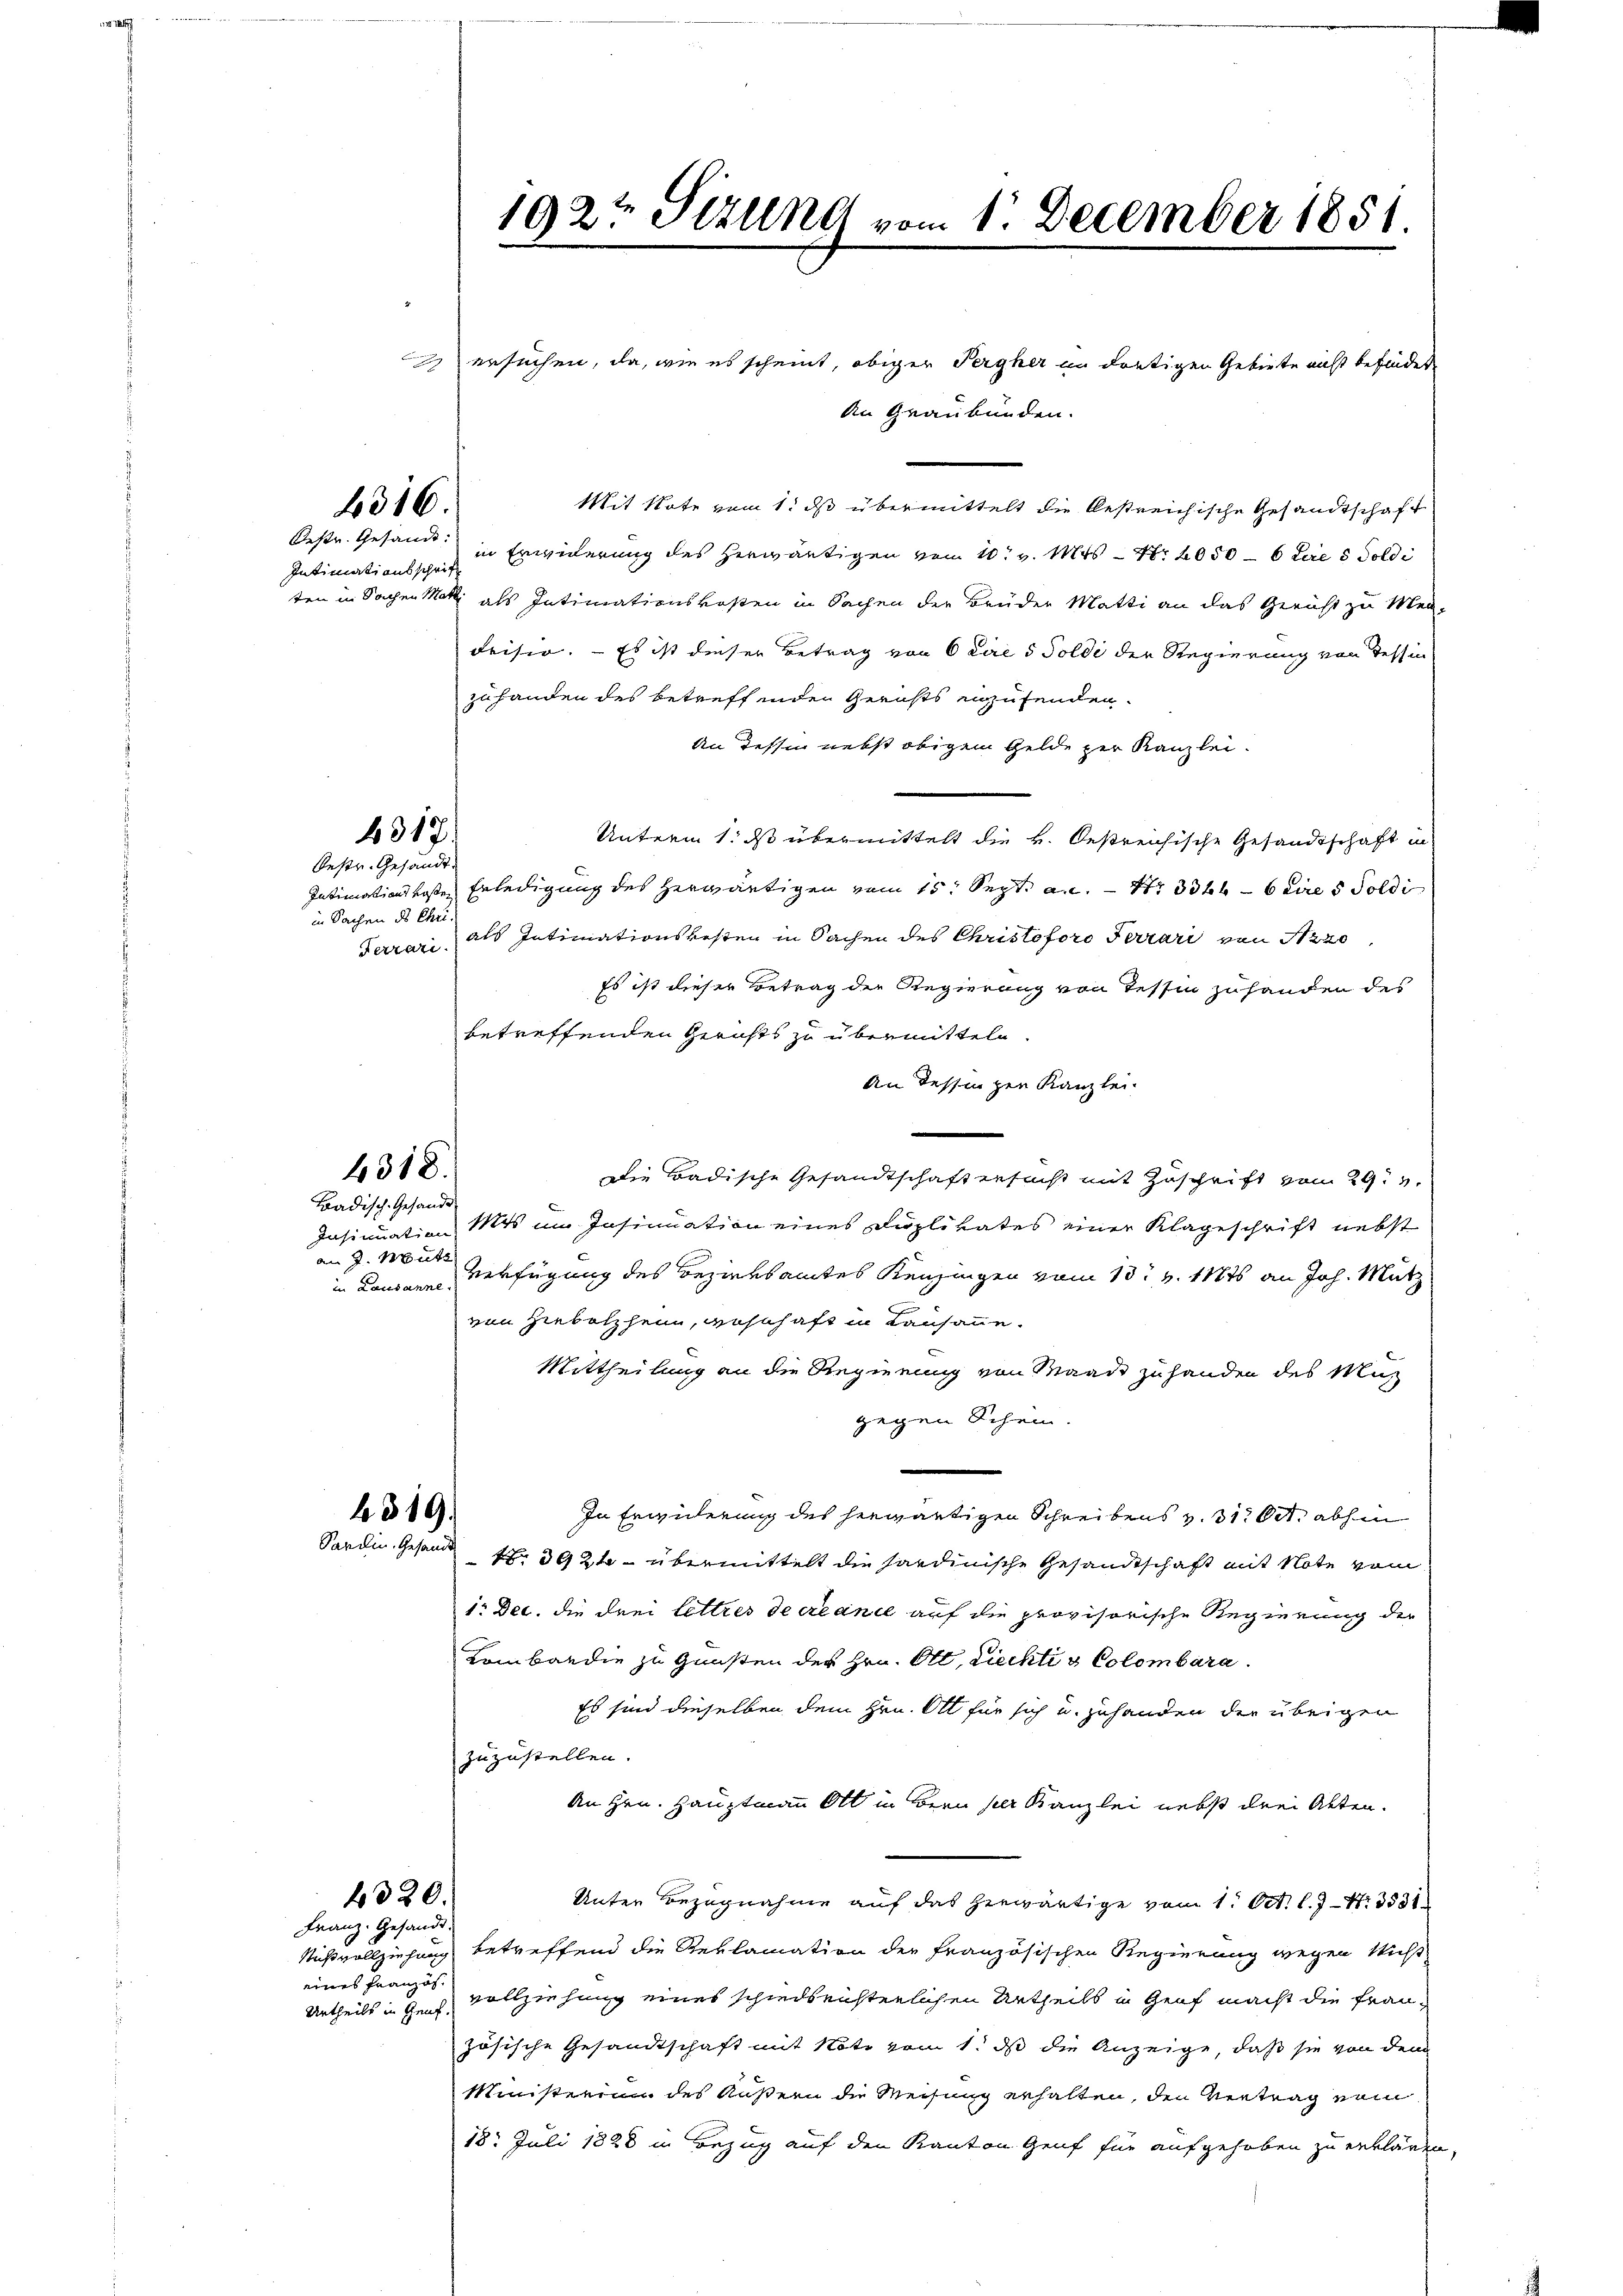
316.

Intimationsschrif

Oestr. Gesandt.
in Sachen ds Chri

4317.

4318.

Badisch-Gesandt
an J. Mütz

319.

eines Französ

320.
Franz. Gesandt

192t Sizung vom 1. December 1851.

ersuchen, da, wie es scheint, obiger Pergher in dortigen Gebiete nicht befindet,
An Graubünden.
Mit Note vom 1. ds übermittelt die bestreichische Gesandtschaft
Oestr. Gesandt in Erwiderung des herwärtigen vom 10t v. Mts. – Nr. 2050 - 6 Laie 5 Goldi
ten in Sachen Matt als Intimationskosten in Sachen der Brüder Matti an das Gericht zu Men-
drisio. — Es ist dieser Betrag von 6 die 5 Solde der Regierung von Tessin
zuhanden des Betreffenden Gerichts einzusenden.
An dessen nebst obigem Gelde per Kanzlei.
Unterm 1. ds übermittelt die K. Oestreichische Gesandtschaft in
Intimationslose Erledigung des herwärtigen vom 15. Sept. an. – N. 33 fl. 6 eire 5 Soldi
Ferrari, als Intimationskosten in Sachen des Christoforo Terrari von 1220
Es ist dieser Betrag der Regierung von Tessin zuhanden des
betreffenden Gerichts zu übermitteln.
An dessen zur Kanzlei
Die Badische Gesandtschaftersucht mit Zuschrift vom 29. 3.
Insinuation Mit im Insinuation eines Duplikates einer Klageschrift nebst
in Kanonen Verfügung des Bezirksamtes Kenzingen vom 13t v. 11816 an Joh. Mütz
von Hiebolzheim, waschaft in Kausanne.
Mittheilung an die Regierung von Waadt zuhanden des Mas
gegen Schein.
In Erwiderung des herwärtigen Schreibens v. 31. Oct. abhin
Sardin. Gesandt Nr. 392 übermittelt die sardinische Gesandtschaft mit Note vom
1: Dec. die drei lettres de créance auf die provisorische Regierung der
Lombardie zu Gunsten der Hrn. Ott, Ziechti & Colombara
Es sind dieselben dem Hrn. Ott für sich u. zuhanden der übrigen
zuzustellen.
An Hrn. Hauptmann Ott in Bern ser Kanzlei nebst drei Akten.
Unter Bezugnahme auf das herwärtige vom 1. Oct. l. J. N. 3531
Mißvollziehung betreffend die Reklamation der französischen Regierung wegen Nicht
Urtheils in Gens vollziehung eines schiedseisterlichen Urtheils in Genf macht die Frauzösische Gesandtschaft mit Note vom 1. ds die Anzeige, daß sie von dem
Ministerium des Äußern die Weisung erhalten, den Vertrag vom
18. Juli 1828 in Bezug auf den Kanton Genf für aufgehoben zu erklären

7.